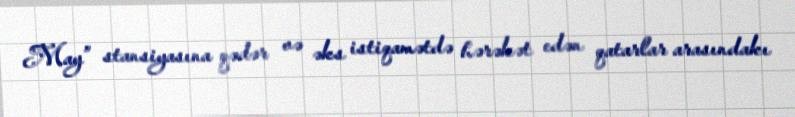
May” stansiyasına qədər və əks istiqamətdə hərəkət edən qatarlar arasındakı